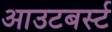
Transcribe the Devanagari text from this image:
आउटबर्स्ट